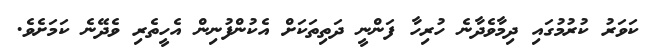
ކަވަރު ކުރުމުގައި ދިމާވެދާނެ ހުރިހާ ފަންނީ ދަތިތަކަަށް އެކުންފުނިން އެހީތެރި ވެދޭނެ ކަމަށެވެ.